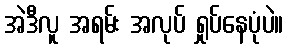
အဲဒီလူ အရမ်း အလုပ် ရှုပ်နေပုံပဲ။